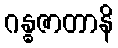
ဂန္ဓဇာတာနိ